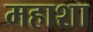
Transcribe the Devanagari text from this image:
महाशा